Annual administration report of the Civil Veterinary Department of India - 1895-1896
Year: 1895
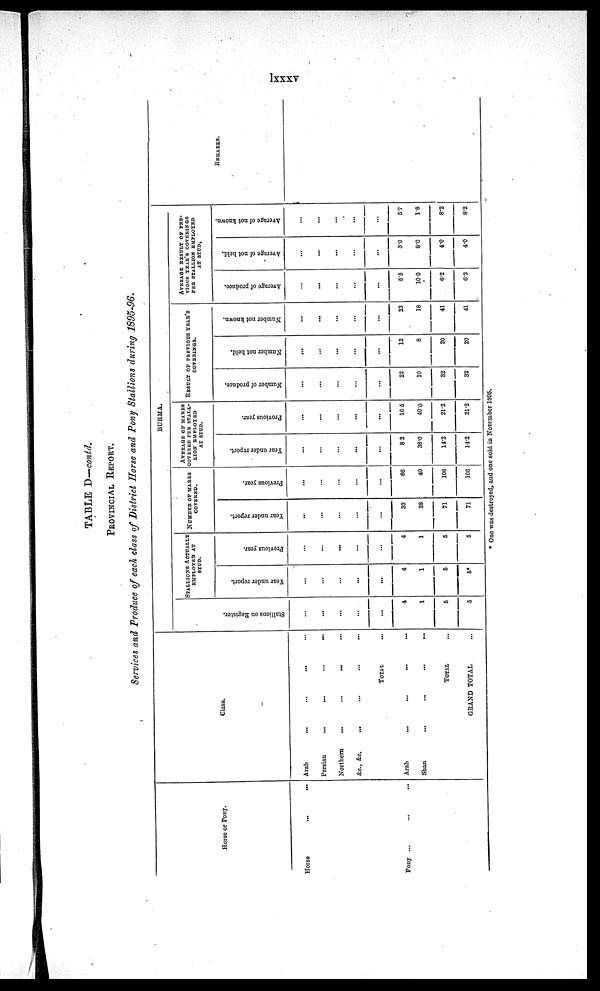
lxxxv
TABLE D—contd.
PROVINCIAL REPORT.
Services and Produce of each class of District Horse and Pony Stallions during 1895-96.
Horse or Pony.
Horse
Pony ...
Class.
Arab ... ... ... ...
Persian ... ... ... ...
Northern ... ... ... ...
&c., &c. ... ... ... ...
TOTAL ...
Arab ... ... ... ...
Shan ... ... ... ...
TOTAL ...
GRAND TOTAL
BURMA.
Stallions on Register.
...
...
...
...
...
4
1
6
5
STALLIONS ACTUALLY
EMPLOYED AT
STUD.
Year under report.
...
...
...
...
...
4
1
5
5*
Previous year.
...
...
...
...
...
4
1
6
5
NUMBER OF MARES
COVERED.
Year under report.
...
...
...
...
...
33
38
71
71
Previous year.
...
...
...
...
...
66
40
106
106
AVERAGE OF MARES
COVERED PER STALL-
LION EMPLOYED
AT STUD.
Year under report.
...
...
...
...
...
8.2
38.0
14.2
14.2
Provious year.
...
...
...
...
...
16.5
40.0
21.2
21.2
RESULT OF PREVIOUS YEAR'S
COVERINGS.
Number of produce.
...
...
...
...
...
22
10
32
32
Number not held.
...
...
...
...
...
12
8
20
20
Number not known.
...
...
...
...
...
23
18
41
41
AVERAGE RESULT OF PRE-
VIOUS YEAR'S COVERINGS
PER STALLION EMPLOYED
AT STUD,
Average of produce.
...
...
...
...
...
5.5
10.0
6.2
6.2
Average of not held.
...
...
...
...
...
3.0
8.0
4.0
4.0
Average of not known.
...
...
...
...
...
5.7
1.8
8.2
8.2
REMARKS.
* One was destroyed, and one sold in November 1805.